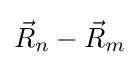
{\vec {R}}_{n}-{\vec {R}}_{m}